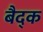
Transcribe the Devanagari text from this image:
बैद्क